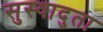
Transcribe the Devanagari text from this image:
सुस्वादुता